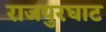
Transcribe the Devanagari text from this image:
राजपुरघाट